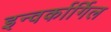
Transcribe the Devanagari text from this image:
इन्वर्कार्गिल